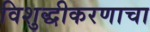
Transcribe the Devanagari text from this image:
विशुद्धीकरणाचा